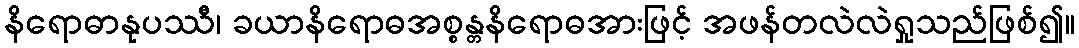
နိရောဓာနုပဿီ၊ ခယာနိရောဓအစ္စန္တနိရောဓအားဖြင့် အဖန်တလဲလဲရှုသည်ဖြစ်၍။